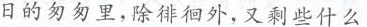
日的匆匆里，除徘徊外，又剩些什么